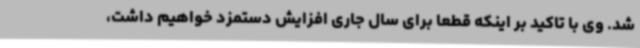
شد. وی با تاکید بر اینکه قطعا برای سال جاری افزایش دستمزد خواهیم داشت،